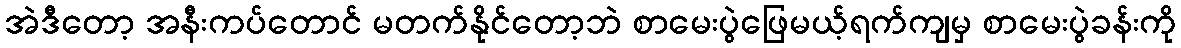
အဲဒီတော့ အနီးကပ်တောင် မတက်နိုင်တော့ဘဲ စာမေးပွဲဖြေမယ့်ရက်ကျမှ စာမေးပွဲခန်းကို